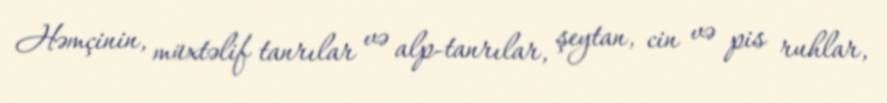
Həmçinin, müxtəlif tanrılar və alp-tanrılar, şeytan, cin və pis ruhlar,